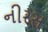
નીરસ